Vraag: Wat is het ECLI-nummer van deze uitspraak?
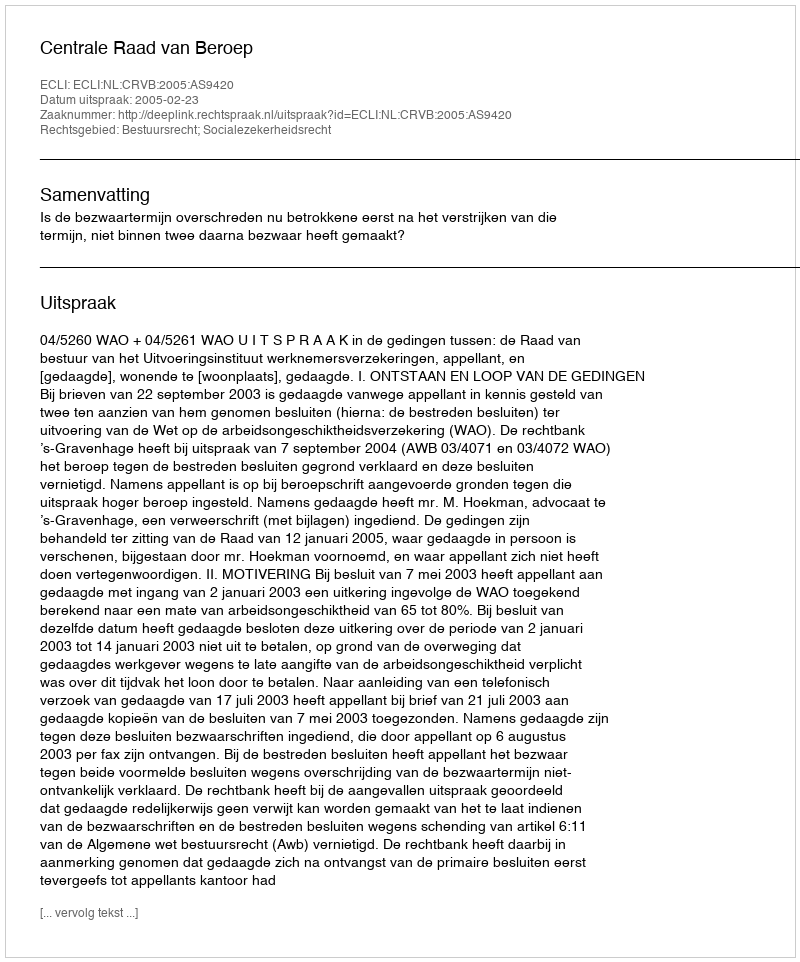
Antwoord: ECLI:NL:CRVB:2005:AS9420